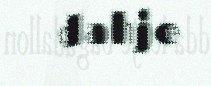
dahje